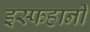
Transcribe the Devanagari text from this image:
इस्फहानी